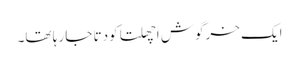
ایک خرگوش اچھلتا کودتا جا رہا تھا۔